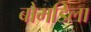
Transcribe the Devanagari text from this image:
बोमडिला